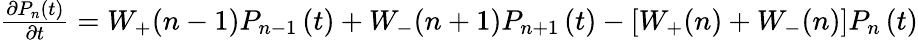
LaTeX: \begin{array}{r}{\frac{{\partial{P_{n}}\left(t\right)}}{{\partial t}}={W_{+}}(n-1){P_{n-1}}\left(t\right)+{W_{-}}(n+1){P_{n+1}}\left(t\right)-\left[{{W_{+}}(n)+{W_{-}}(n)}\right]{P_{n}}\left(t\right)}\end{array}